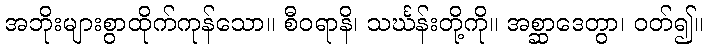
အဘိုးများစွာထိုက်ကုန်သော။ စီဝရာနိ၊ သင်္ဃန်းတို့ကို။ အစ္ဆာဒေတွာ၊ ဝတ်၍။